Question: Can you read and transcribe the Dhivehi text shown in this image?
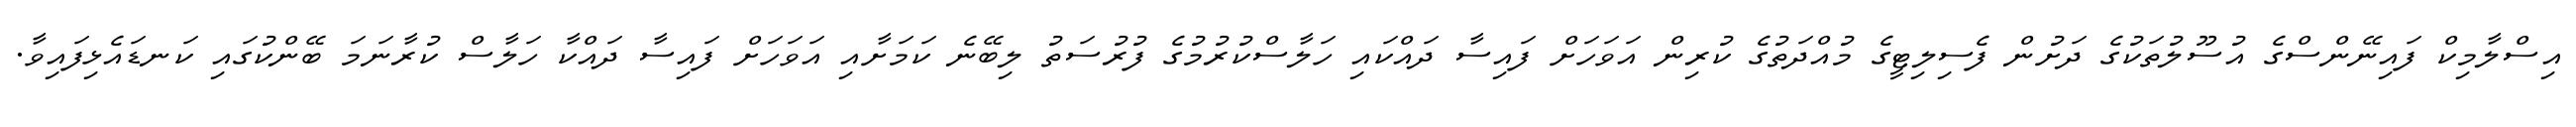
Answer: އިސްލާމިކް ފައިނޭންސްގެ އުސޫލުތަކުގެ ދަށުން ފެސިލިޓީގެ މުއްދަތުގެ ކުރިން އަވަހަށް ފައިސާ ދައްކައި ހަލާސްކުރުމުގެ ފުރުސަތު ލިބޭނެ ކަމަށާއި އަވަހަށް ފައިސާ ދައްކާ ހަލާސް ކުރާނަމަ ބޭންކުގައި ކަނޑައެޅިފައިވާ.